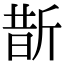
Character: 斮